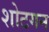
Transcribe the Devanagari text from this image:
शोटगन